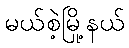
မယ်စဲ့မြို့နယ်